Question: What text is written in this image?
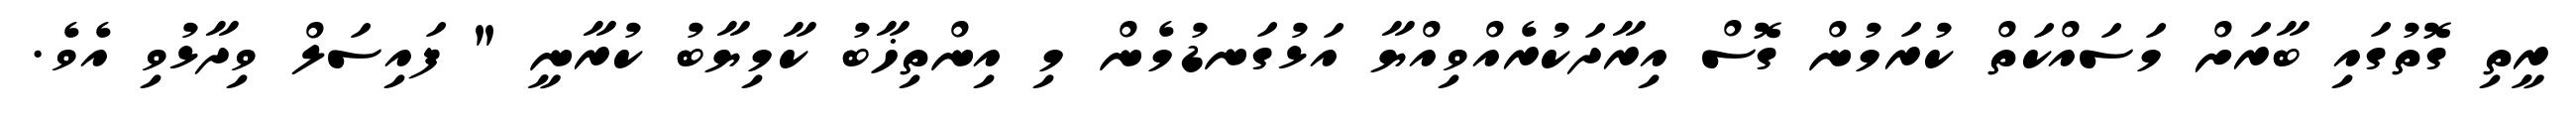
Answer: ރީތި ގޮތުގައި ބާރަށް މަސައްކަތް ކުރަމުން ގޮސް އިރާދަކުރެއްވިއްޔާ އަޅުގަނޑުމެން މި އިންތިޚާބު ކާމިޔާބު ކުރާނީ " ފައިސަލް ވިދާޅުވި އެވެ.